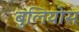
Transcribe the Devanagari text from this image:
बुलियोस